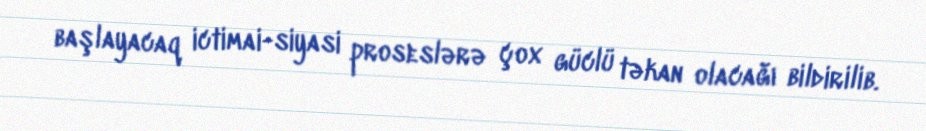
başlayacaq ictimai-siyasi proseslərə çox güclü təkan olacağı bildirilib.